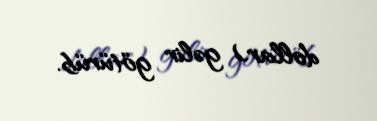
dollar) gəlir götürüb.